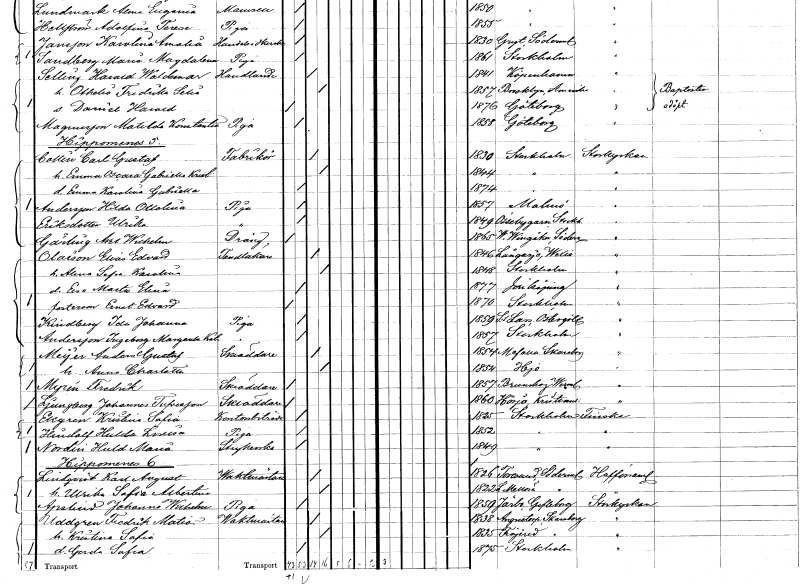
gt_parse: households: individuals: FN: Carl Gustaf
EN: Collin
YRKE: Fabrikör
KON: M
CIV: G
FODAR: 1830
FODFORS: Stockholm
FN: Emma Oscara Gabriella Kristina
KON: K
CIV: G
FODAR: 1844
FODFORS: Stockholm
FN: Emma Karolina Gabriella
KON: K
CIV: O
FODAR: 1874
FODFORS: Stockholm
FN: Hilda Ottolina
EN: Andersson
YRKE: Piga
KON: K
CIV: O
FODAR: 1857
FODFORS: Malmö Malmöhus län
FN: Ulrika
EN: Eriksdotter
YRKE: Piga
KON: K
CIV: O
FODAR: 1849
FODFORS: Össeby-Garn Stockholms län
FN: Axel Wilhelm
EN: Gärling
YRKE: Dräng
KON: M
CIV: O
FODAR: 1865
FODFORS: Västra Vingåker Södermanlands län
FN: Elias Edvard
EN: Olaison
YRKE: Tandläkare
KON: M
CIV: G
FODAR: 1846
FODFORS: Långasjö Kalmar län
FN: Alma Sofia Karolina
KON: K
CIV: G
FODAR: 1848
FODFORS: Stockholm
FN: Eva Marta Elina
KON: K
CIV: O
FODAR: 1877
FODFORS: Jönköping Jönköpings län
FN: Ernst Edvard
KON: M
CIV: O
FODAR: 1870
FODFORS: Stockholm
FN: Ida Johanna
EN: Kindberg
YRKE: Piga
KON: K
CIV: O
FODAR: 1859
FODFORS: Sankt Lars Linköping Östergötlands län
FN: Ingeborg Margareta Katarina
EN: Andersson
YRKE: Piga
KON: K
CIV: O
FODAR: 1857
FODFORS: Stockholm
FN: Anders Gustaf
EN: Meÿer
YRKE: Skräddare
KON: M
CIV: G
FODAR: 1854
FODFORS: Mofalla Skaraborgs län
FN: Anna Charlotta
KON: K
CIV: G
FODAR: 1854
FODFORS: Hjo Skaraborgs län
FN: Fredrik
EN: Myrén
YRKE: Skräddare
KON: M
CIV: O
FODAR: 1857
FODFORS: Brunskog Värmlands län
FN: Johannes
EN: Ljungberg Tufvesson
YRKE: Skräddare
KON: M
CIV: O
FODAR: 1860
FODFORS: Hörja Kristianstads län
FN: Kristina Sofia
EN: Ekgren
YRKE: Kontorsbiträde
KON: K
CIV: O
FODAR: 1825
FODFORS: Stockholm
FN: Hulda Lovisa
EN: Hindoff
YRKE: Piga
KON: K
CIV: O
FODAR: 1852
FODFORS: Stockholm
FN: Hulda Maria
EN: Nordin
YRKE: Strykerska
KON: K
CIV: O
FODAR: 1849
FODFORS: Stockholm
FN: Karl August
EN: Lindqvist
YRKE: Vaktmästare
KON: M
CIV: G
FODAR: 1826
FODFORS: Toresund Södermanlands län
FN: Ulrika Sofia Albertina
KON: K
CIV: G
FODAR: 1822
FODFORS: Lilla Mellösa Södermanlands län
FN: Johanna Wilhelmina
EN: Apslind
YRKE: Piga
KON: K
CIV: O
FODAR: 1859
FODFORS: Järbo Gävleborgs län
FN: Fredrik Matias
EN: Uddgren
YRKE: Vaktmästare
KON: M
CIV: G
FODAR: 1838
FODFORS: Agnetorp Skaraborgs län
FN: Kristina Sofia
KON: K
CIV: G
FODAR: 1835
FODFORS: Fröjered Skaraborgs län
FN: Gerda Sofia
KON: K
CIV: O
FODAR: 1875
FODFORS: Stockholm